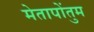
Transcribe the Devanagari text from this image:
मेतापोंतुम